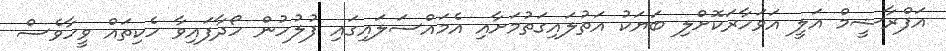
އަފްރާޝީމް އަލީ އަވަހާރަކޮށްލި ބަޔަކު އަތުލައިގަތުމަށާއި އެމައްސަލައިގައި ފުލުހުން ހޯދާފައިވާ ހެކިތައް ވީހާވެސް